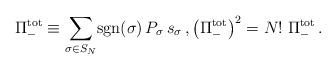
LaTeX: \begin{align*} \Pi^\mathrm{tot}_- \equiv \sum_{\sigma \in S_N} \! \mathrm{sgn}(\sigma) \, P_{\sigma} \, s_{\sigma} \, , \bigl(\Pi^\mathrm{tot}_-\bigr)^2 = N! \; \Pi^\mathrm{tot}_- \, .\end{align*}